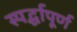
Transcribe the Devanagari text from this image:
स्पर्द्धापूर्ण